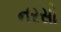
નરસો